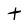
Character: t